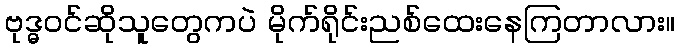
ဗုဒ္ဓဝင်ဆိုသူတွေကပဲ မိုက်ရိုင်းညစ်ထေးနေကြတာလား။